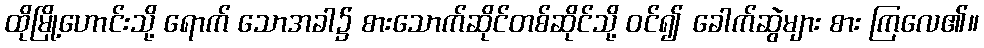
ထိုမြို့ဟောင်းသို့ ရောက် သောအခါ၌ စားသောက်ဆိုင်တစ်ဆိုင်သို့ ဝင်၍ ခေါက်ဆွဲများ စား ကြလေ၏။